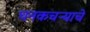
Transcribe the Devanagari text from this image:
घनकचऱ्याचे